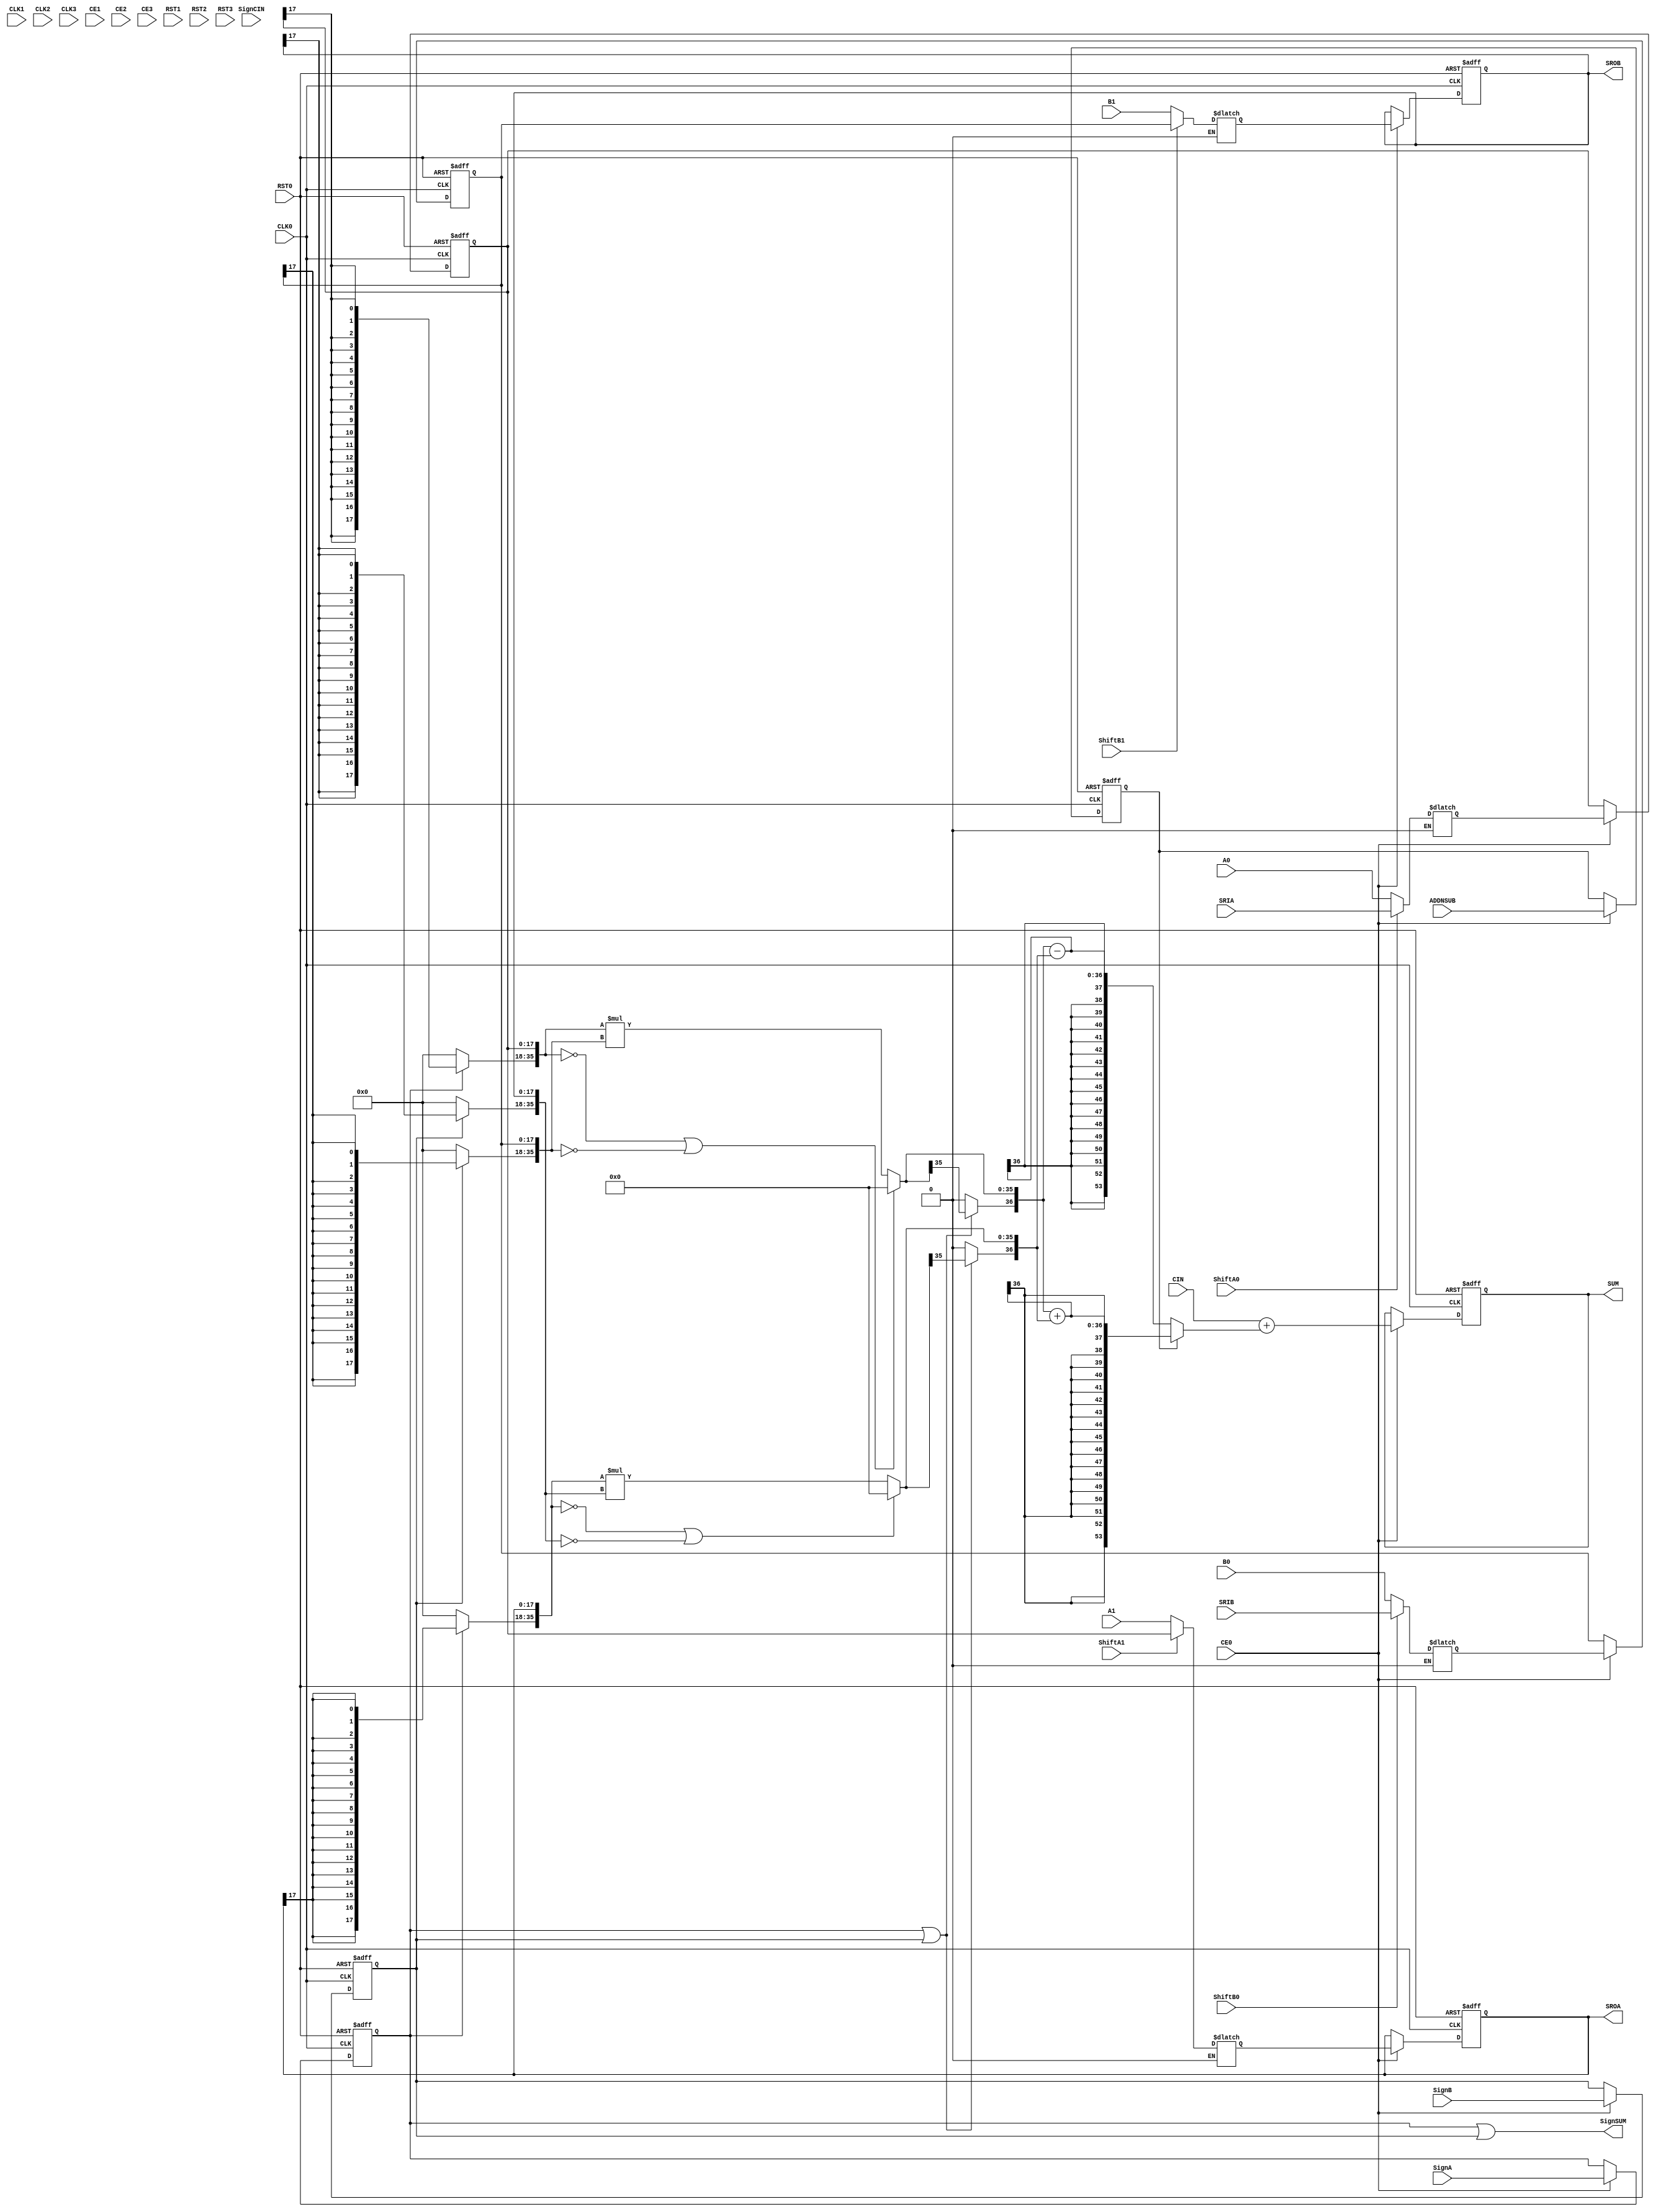
// --------------------------------------------------------------------
// >>>>>>>>>>>>>>>>>>>>>>>>> COPYRIGHT NOTICE <<<<<<<<<<<<<<<<<<<<<<<<<
// --------------------------------------------------------------------
// Copyright (c) 2005-2010 by Lattice Semiconductor Corporation
// --------------------------------------------------------------------
//
//
//                     Lattice Semiconductor Corporation
//                     5555 NE Moore Court
//                     Hillsboro, OR 97214
//                     U.S.A.
//
//                     TEL: 1-800-Lattice  (USA and Canada)
//                          1-408-826-6000 (other locations)
//
//                     web: http://www.latticesemi.com/
//
// --------------------------------------------------------------------
//
// Simulation Library File for PMI DSP-based Cascade-Multiply-AddSub
//
// Parameter Definition
//Name                               Value                             Default
/*
------------------------------------------------------------------------------
  pmi_dataa_width                   2 to 18                              18
  pmi_datab_width                   2 to 18                              18
  pmi_additional_pipeline           0 | 1                                 0
  pmi_input_reg                    "on"|"off"                           "on"
  pmi_output_reg                   "on"|"off"                           "on"
  pmi_family                       "ECP3"|"ECP4"                       "ECP3"
  pmi_gsr                          "enable"|"disable"                 "enable"
  pmi_reg_inputa0_clk              "CLK0"|"CLK1"|"CLK2"|"CLK3"          "CLK0"
  pmi_reg_inputa0_ce               "CE0"|"CE1"|"CE2"|"CE3"              "CE0"
  pmi_reg_inputa0_rst              "RST0"|"RST1"|"RST2"|"RST3"          "RST0"
  pmi_reg_inputa1_clk              "CLK0"|"CLK1"|"CLK2"|"CLK3"          "CLK0"
  pmi_reg_inputa1_ce               "CE0"|"CE1"|"CE2"|"CE3"              "CE0"
  pmi_reg_inputa1_rst              "RST0"|"RST1"|"RST2"|"RST3"          "RST0"
  pmi_reg_inputb0_clk              "CLK0"|"CLK1"|"CLK2"|"CLK3"          "CLK0"
  pmi_reg_inputb0_ce               "CE0"|"CE1"|"CE2"|"CE3"              "CE0"
  pmi_reg_inputb0_rst              "RST0"|"RST1"|"RST2"|"RST3"          "RST0"
  pmi_reg_inputb1_clk              "CLK0"|"CLK1"|"CLK2"|"CLK3"          "CLK0"
  pmi_reg_inputb1_ce               "CE0"|"CE1"|"CE2"|"CE3"              "CE0"
  pmi_reg_inputb1_rst              "RST0"|"RST1"|"RST2"|"RST3"          "RST0"
  pmi_reg_pipeline0_clk            "CLK0"|"CLK1"|"CLK2"|"CLK3"          "CLK0"
  pmi_reg_pipeline0_ce             "CE0"|"CE1"|"CE2"|"CE3"              "CE0"
  pmi_reg_pipeline0_rst            "RST0"|"RST1"|"RST2"|"RST3"          "RST0"
  pmi_reg_pipeline1_clk            "CLK0"|"CLK1"|"CLK2"|"CLK3"          "CLK0"
  pmi_reg_pipeline1_ce             "CE0"|"CE1"|"CE2"|"CE3"              "CE0"
  pmi_reg_pipeline1_rst            "RST0"|"RST1"|"RST2"|"RST3"          "RST0"
  pmi_reg_output_clk               "CLK0"|"CLK1"|"CLK2"|"CLK3"          "CLK0"
  pmi_reg_output_ce                "CE0"|"CE1"|"CE2"|"CE3"              "CE0"
  pmi_reg_output_rst               "RST0"|"RST1"|"RST2"|"RST3"          "RST0"
  pmi_reg_signeda_0_clk            "CLK0"|"CLK1"|"CLK2"|"CLK3"          "CLK0"
  pmi_reg_signeda_0_ce             "CE0"|"CE1"|"CE2"|"CE3"              "CE0"
  pmi_reg_signeda_0_rst            "RST0"|"RST1"|"RST2"|"RST3"          "RST0"
  pmi_reg_signeda_1_clk            "CLK0"|"CLK1"|"CLK2"|"CLK3"          "CLK0"
  pmi_reg_signeda_1_ce             "CE0"|"CE1"|"CE2"|"CE3"              "CE0"
  pmi_reg_signeda_1_rst            "RST0"|"RST1"|"RST2"|"RST3"          "RST0"
  pmi_reg_signedb_0_clk            "CLK0"|"CLK1"|"CLK2"|"CLK3"          "CLK0"
  pmi_reg_signedb_0_ce             "CE0"|"CE1"|"CE2"|"CE3"              "CE0"
  pmi_reg_signedb_0_rst            "RST0"|"RST1"|"RST2"|"RST3"          "RST0"
  pmi_reg_signedb_1_clk            "CLK0"|"CLK1"|"CLK2"|"CLK3"          "CLK0"
  pmi_reg_signedb_1_ce             "CE0"|"CE1"|"CE2"|"CE3"              "CE0"
  pmi_reg_signedb_1_rst            "RST0"|"RST1"|"RST2"|"RST3"          "RST0"
  pmi_reg_addnsub_0_clk            "CLK0"|"CLK1"|"CLK2"|"CLK3"          "CLK0"
  pmi_reg_addnsub_0_ce             "CE0"|"CE1"|"CE2"|"CE3"              "CE0"
  pmi_reg_addnsub_0_rst            "RST0"|"RST1"|"RST2"|"RST3"          "RST0"
  pmi_reg_addnsub_1_clk            "CLK0"|"CLK1"|"CLK2"|"CLK3"          "CLK0"
  pmi_reg_addnsub_1_ce             "CE0"|"CE1"|"CE2"|"CE3"              "CE0"
  pmi_reg_addnsub_1_rst            "RST0"|"RST1"|"RST2"|"RST3"          "RST0"
  pmi_pipelined_mode               "on"|"off"                           "off"
  pmi_cascade_match_reg            "on"|"off"                           "off"
------------------------------------------------------------------------------
*/
// fpga\verilog\pkg\versclibs\data\pmi\pmi_dsp_casmultaddsub.v 1.8 31-DEC-2010 08:43:20 IALMOHAN
//

`timescale  1 ns / 1 ps

module pmi_dsp_casmultaddsub
 #(parameter pmi_dataa_width = 18,
   parameter pmi_datab_width = 18,
   parameter pmi_additional_pipeline = 0,
   parameter pmi_input_reg = "on",
   parameter pmi_output_reg = "on",
   parameter pmi_family = "ECP3",
   parameter pmi_gsr = "enable",
   parameter pmi_reg_inputa0_clk = "CLK0",
   parameter pmi_reg_inputa0_ce = "CE0",
   parameter pmi_reg_inputa0_rst = "RST0",
   parameter pmi_reg_inputa1_clk = "CLK0",
   parameter pmi_reg_inputa1_ce = "CE0",
   parameter pmi_reg_inputa1_rst = "RST0",
   parameter pmi_reg_inputb0_clk = "CLK0",
   parameter pmi_reg_inputb0_ce = "CE0",
   parameter pmi_reg_inputb0_rst = "RST0",
   parameter pmi_reg_inputb1_clk = "CLK0",
   parameter pmi_reg_inputb1_ce = "CE0",
   parameter pmi_reg_inputb1_rst = "RST0",
   parameter pmi_reg_pipeline0_clk = "CLK0",
   parameter pmi_reg_pipeline0_ce = "CE0",
   parameter pmi_reg_pipeline0_rst = "RST0",
   parameter pmi_reg_pipeline1_clk = "CLK0",
   parameter pmi_reg_pipeline1_ce = "CE0",
   parameter pmi_reg_pipeline1_rst = "RST0",
   parameter pmi_reg_output_clk = "CLK0",
   parameter pmi_reg_output_ce = "CE0",
   parameter pmi_reg_output_rst = "RST0",
   parameter pmi_reg_signeda_0_clk = "CLK0",
   parameter pmi_reg_signeda_0_ce = "CE0",
   parameter pmi_reg_signeda_0_rst = "RST0",
   parameter pmi_reg_signeda_1_clk = "CLK0",
   parameter pmi_reg_signeda_1_ce = "CE0",
   parameter pmi_reg_signeda_1_rst = "RST0",
   parameter pmi_reg_signedb_0_clk = "CLK0",
   parameter pmi_reg_signedb_0_ce = "CE0",
   parameter pmi_reg_signedb_0_rst = "RST0",
   parameter pmi_reg_signedb_1_clk = "CLK0",
   parameter pmi_reg_signedb_1_ce = "CE0",
   parameter pmi_reg_signedb_1_rst = "RST0",
   parameter pmi_reg_addnsub_0_clk = "CLK0",
   parameter pmi_reg_addnsub_0_ce = "CE0",
   parameter pmi_reg_addnsub_0_rst = "RST0",
   parameter pmi_reg_addnsub_1_clk = "CLK0",
   parameter pmi_reg_addnsub_1_ce = "CE0",
   parameter pmi_reg_addnsub_1_rst = "RST0",
   parameter pmi_pipelined_mode = "off",
   parameter pmi_cascade_match_reg = "off",
   parameter module_type = "pmi_dsp_casmultaddsub")

  (input [(pmi_dataa_width-1):0]       A0, 
   input [(pmi_dataa_width-1):0]       A1,
   input [(pmi_datab_width-1):0]       B0, 
   input [(pmi_datab_width-1):0]       B1,
   input [17:0]       SRIA,
   input [17:0]       SRIB,
   input CLK0,
   input CLK1,
   input CLK2,
   input CLK3,
   input CE0,
   input CE1,
   input CE2,
   input CE3,
   input RST0,
   input RST1,
   input RST2,
   input RST3,
   input SignA,
   input SignB,
   input ShiftA0,
   input ShiftA1,
   input ShiftB0,
   input ShiftB1,
   input ADDNSUB,
   input SignCIN,
   input [53:0] CIN,
   output SignSUM,
   output [53:0]  SUM,
   output reg [17:0]  SROA,
   output reg [17:0]  SROB)/*synthesis syn_black_box*/;

//pragma translate_off
reg [53:0] sum_o;
reg input_a0_clk_sig, input_b0_clk_sig;
reg input_a1_clk_sig, input_b1_clk_sig;
reg pipeline0_clk_sig, pipeline1_clk_sig, output_clk_sig;
reg reg_ctrl_clk_sig_a_0, reg_ctrl_clk_sig_b_0;
reg reg_ctrl_clk_sig_a_1, reg_ctrl_clk_sig_b_1;
reg input_a0_ce_sig, input_b0_ce_sig;
reg input_a1_ce_sig, input_b1_ce_sig;
reg pipeline0_ce_sig, pipeline1_ce_sig, output_ce_sig;
reg reg_ctrl_ce_sig_a_0, reg_ctrl_ce_sig_b_0;
reg reg_ctrl_ce_sig_a_1, reg_ctrl_ce_sig_b_1;
reg input_a0_rst_sig, input_b0_rst_sig;
reg input_a1_rst_sig, input_b1_rst_sig;
reg pipeline0_rst_sig, pipeline1_rst_sig, output_rst_sig;
reg reg_ctrl_rst_sig_a_0, reg_ctrl_rst_sig_b_0;
reg reg_ctrl_rst_sig_a_1, reg_ctrl_rst_sig_b_1;
reg reg_addnsub_0_clk_sig, reg_addnsub_1_clk_sig;
reg reg_addnsub_0_ce_sig, reg_addnsub_1_ce_sig;
reg reg_addnsub_0_rst_sig, reg_addnsub_1_rst_sig;
reg signeda_reg2, signedb_reg2;
reg addnsub_reg1, addnsub_p1, addnsub_reg2, addnsub_p2;
reg [(pmi_dataa_width-1):0] a0_sig;
reg [(pmi_dataa_width-1):0] a1_sig;
reg [(pmi_dataa_width-1):0] a0_sig_reg;
reg [(pmi_dataa_width-1):0] a1_sig_reg;
reg [(pmi_dataa_width-1):0] a0_sig_p;
reg [(pmi_dataa_width-1):0] a1_sig_p;
reg [(pmi_datab_width-1):0] b0_sig;
reg [(pmi_datab_width-1):0] b1_sig;
reg [(pmi_datab_width-1):0] b0_sig_reg;
reg [(pmi_datab_width-1):0] b1_sig_reg;
reg [(pmi_datab_width-1):0] b0_sig_p;
reg [(pmi_datab_width-1):0] b1_sig_p;
reg signeda_reg1, signeda_p1, signeda_p2;
reg signedb_reg1, signedb_p1, signedb_p2;
reg [(pmi_dataa_width + pmi_datab_width - 1):0] a0_sig_m;
reg [(pmi_dataa_width + pmi_datab_width - 1):0] a1_sig_m;
reg [(pmi_dataa_width + pmi_datab_width - 1):0] b0_sig_m;
reg [(pmi_dataa_width + pmi_datab_width - 1):0] b1_sig_m;
wire [(pmi_dataa_width + pmi_datab_width - 1):0] p0_sig_i;
wire [(pmi_dataa_width + pmi_datab_width - 1):0] p1_sig_i;
reg [(pmi_dataa_width + pmi_datab_width):0] p0_sig_i_e;
reg [(pmi_dataa_width + pmi_datab_width):0] p1_sig_i_e;
reg [(pmi_dataa_width + pmi_datab_width - 1):0] p0_sig_i_e_reg;
reg [(pmi_dataa_width + pmi_datab_width - 1):0] p0_sig_i_e_reg1;
reg [(pmi_dataa_width + pmi_datab_width - 1):0] p1_sig_i_e_reg;
reg [(pmi_dataa_width + pmi_datab_width - 1):0] p1_sig_i_e_reg1;
reg [53:0] sum_sig_i_e, sum_reg1;
reg [17:0] SROA_t, SROA_reg;
wire [53:0] sum_sig;
//wire [(pmi_dataa_width + pmi_datab_width):0] sum_sig_i;
wire [53:0] sum_sig_i;
wire SignB_new;

initial
begin
   if (pmi_pipelined_mode == "on" && (pmi_output_reg == "off" || pmi_additional_pipeline == 0))
   begin
      $display ("Error! Fully-pipelined mode must have both output and pipeline registers on!");
      $stop;
   end
   if (pmi_cascade_match_reg == "on" && pmi_input_reg == "off")
   begin
      $display ("Error! If cascade match register is on, input register must also be on!");
      $stop;
   end
end

    assign SignB_new = SignB;

    always @(CLK0 or CLK1 or CLK2 or CLK3)
    begin
      if (pmi_reg_inputa0_clk == "CLK0")
          input_a0_clk_sig = CLK0;
      else if (pmi_reg_inputa0_clk == "CLK1")
          input_a0_clk_sig = CLK1;
      else if (pmi_reg_inputa0_clk == "CLK2")
          input_a0_clk_sig = CLK2;
      else if (pmi_reg_inputa0_clk == "CLK3")
          input_a0_clk_sig = CLK3;
    end

    always @(CLK0 or CLK1 or CLK2 or CLK3)
    begin
      if (pmi_reg_inputa1_clk == "CLK0")
          input_a1_clk_sig = CLK0;
      else if (pmi_reg_inputa1_clk == "CLK1")
          input_a1_clk_sig = CLK1;
      else if (pmi_reg_inputa1_clk == "CLK2")
          input_a1_clk_sig = CLK2;
      else if (pmi_reg_inputa1_clk == "CLK3")
          input_a1_clk_sig = CLK3;
    end

    always @(CLK0 or CLK1 or CLK2 or CLK3)
    begin
      if (pmi_reg_inputb0_clk == "CLK0")
          input_b0_clk_sig = CLK0;
      else if (pmi_reg_inputb0_clk == "CLK1")
          input_b0_clk_sig = CLK1;
      else if (pmi_reg_inputb0_clk == "CLK2")
          input_b0_clk_sig = CLK2;
      else if (pmi_reg_inputb0_clk == "CLK3")
          input_b0_clk_sig = CLK3;
    end

    always @(CLK0 or CLK1 or CLK2 or CLK3)
    begin
      if (pmi_reg_inputb1_clk == "CLK0")
          input_b1_clk_sig = CLK0;
      else if (pmi_reg_inputb1_clk == "CLK1")
          input_b1_clk_sig = CLK1;
      else if (pmi_reg_inputb1_clk == "CLK2")
          input_b1_clk_sig = CLK2;
      else if (pmi_reg_inputb1_clk == "CLK3")
          input_b1_clk_sig = CLK3;
    end

    always @(CLK0 or CLK1 or CLK2 or CLK3)
    begin
      if (pmi_reg_pipeline0_clk == "CLK0")
          pipeline0_clk_sig = CLK0;
      else if (pmi_reg_pipeline0_clk == "CLK1")
          pipeline0_clk_sig = CLK1;
      else if (pmi_reg_pipeline0_clk == "CLK2")
          pipeline0_clk_sig = CLK2;
      else if (pmi_reg_pipeline0_clk == "CLK3")
          pipeline0_clk_sig = CLK3;
    end

    always @(CLK0 or CLK1 or CLK2 or CLK3)
    begin
      if (pmi_reg_pipeline1_clk == "CLK0")
          pipeline1_clk_sig = CLK0;
      else if (pmi_reg_pipeline1_clk == "CLK1")
          pipeline1_clk_sig = CLK1;
      else if (pmi_reg_pipeline1_clk == "CLK2")
          pipeline1_clk_sig = CLK2;
      else if (pmi_reg_pipeline1_clk == "CLK3")
          pipeline1_clk_sig = CLK3;
    end

    always @(CLK0 or CLK1 or CLK2 or CLK3)
    begin
      if (pmi_reg_output_clk == "CLK0")
          output_clk_sig = CLK0;
      else if (pmi_reg_output_clk == "CLK1")
          output_clk_sig = CLK1;
      else if (pmi_reg_output_clk == "CLK2")
          output_clk_sig = CLK2;
      else if (pmi_reg_output_clk == "CLK3")
          output_clk_sig = CLK3;
    end

    always @(CLK0 or CLK1 or CLK2 or CLK3)
    begin
      if (pmi_reg_signeda_0_clk == "CLK0")
          reg_ctrl_clk_sig_a_0 = CLK0;
      else if (pmi_reg_signeda_0_clk == "CLK1")
          reg_ctrl_clk_sig_a_0 = CLK1;
      else if (pmi_reg_signeda_0_clk == "CLK2")
          reg_ctrl_clk_sig_a_0 = CLK2;
      else if (pmi_reg_signeda_0_clk == "CLK3")
          reg_ctrl_clk_sig_a_0 = CLK3;
    end

    always @(CLK0 or CLK1 or CLK2 or CLK3)
    begin
      if (pmi_reg_signeda_1_clk == "CLK0")
          reg_ctrl_clk_sig_a_1 = CLK0;
      else if (pmi_reg_signeda_1_clk == "CLK1")
          reg_ctrl_clk_sig_a_1 = CLK1;
      else if (pmi_reg_signeda_1_clk == "CLK2")
          reg_ctrl_clk_sig_a_1 = CLK2;
      else if (pmi_reg_signeda_1_clk == "CLK3")
          reg_ctrl_clk_sig_a_1 = CLK3;
    end

    always @(CLK0 or CLK1 or CLK2 or CLK3)
    begin
      if (pmi_reg_signedb_0_clk == "CLK0")
          reg_ctrl_clk_sig_b_0 = CLK0;
      else if (pmi_reg_signedb_0_clk == "CLK1")
          reg_ctrl_clk_sig_b_0 = CLK1;
      else if (pmi_reg_signedb_0_clk == "CLK2")
          reg_ctrl_clk_sig_b_0 = CLK2;
      else if (pmi_reg_signedb_0_clk == "CLK3")
          reg_ctrl_clk_sig_b_0 = CLK3;
    end

    always @(CLK0 or CLK1 or CLK2 or CLK3)
    begin
      if (pmi_reg_signedb_1_clk == "CLK0")
          reg_ctrl_clk_sig_b_1 = CLK0;
      else if (pmi_reg_signedb_1_clk == "CLK1")
          reg_ctrl_clk_sig_b_1 = CLK1;
      else if (pmi_reg_signedb_1_clk == "CLK2")
          reg_ctrl_clk_sig_b_1 = CLK2;
      else if (pmi_reg_signedb_1_clk == "CLK3")
          reg_ctrl_clk_sig_b_1 = CLK3;
    end

    always @(CE0 or CE1 or CE2 or CE3)
    begin
      if (pmi_reg_inputa0_ce == "CE0")
          input_a0_ce_sig = CE0;
      else if (pmi_reg_inputa0_ce == "CE1")
          input_a0_ce_sig = CE1;
      else if (pmi_reg_inputa0_ce == "CE2")
          input_a0_ce_sig = CE2;
      else if (pmi_reg_inputa0_ce == "CE3")
          input_a0_ce_sig = CE3;
    end

    always @(CE0 or CE1 or CE2 or CE3)
    begin
      if (pmi_reg_inputa1_ce == "CE0")
          input_a1_ce_sig = CE0;
      else if (pmi_reg_inputa1_ce == "CE1")
          input_a1_ce_sig = CE1;
      else if (pmi_reg_inputa1_ce == "CE2")
          input_a1_ce_sig = CE2;
      else if (pmi_reg_inputa1_ce == "CE3")
          input_a1_ce_sig = CE3;
    end

    always @(CE0 or CE1 or CE2 or CE3)
    begin
      if (pmi_reg_inputb0_ce == "CE0")
          input_b0_ce_sig = CE0;
      else if (pmi_reg_inputb0_ce == "CE1")
          input_b0_ce_sig = CE1;
      else if (pmi_reg_inputb0_ce == "CE2")
          input_b0_ce_sig = CE2;
      else if (pmi_reg_inputb0_ce == "CE3")
          input_b0_ce_sig = CE3;
    end

    always @(CE0 or CE1 or CE2 or CE3)
    begin
      if (pmi_reg_inputb1_ce == "CE0")
          input_b1_ce_sig = CE0;
      else if (pmi_reg_inputb1_ce == "CE1")
          input_b1_ce_sig = CE1;
      else if (pmi_reg_inputb1_ce == "CE2")
          input_b1_ce_sig = CE2;
      else if (pmi_reg_inputb1_ce == "CE3")
          input_b1_ce_sig = CE3;
    end

    always @(CE0 or CE1 or CE2 or CE3)
    begin
      if (pmi_reg_pipeline0_ce == "CE0")
          pipeline0_ce_sig = CE0;
      else if (pmi_reg_pipeline0_ce == "CE1")
          pipeline0_ce_sig = CE1;
      else if (pmi_reg_pipeline0_ce == "CE2")
          pipeline0_ce_sig = CE2;
      else if (pmi_reg_pipeline0_ce == "CE3")
          pipeline0_ce_sig = CE3;
    end

    always @(CE0 or CE1 or CE2 or CE3)
    begin
      if (pmi_reg_pipeline1_ce == "CE0")
          pipeline1_ce_sig = CE0;
      else if (pmi_reg_pipeline1_ce == "CE1")
          pipeline1_ce_sig = CE1;
      else if (pmi_reg_pipeline1_ce == "CE2")
          pipeline1_ce_sig = CE2;
      else if (pmi_reg_pipeline1_ce == "CE3")
          pipeline1_ce_sig = CE3;
    end

    always @(CE0 or CE1 or CE2 or CE3)
    begin
      if (pmi_reg_output_ce == "CE0")
          output_ce_sig = CE0;
      else if (pmi_reg_output_ce == "CE1")
          output_ce_sig = CE1;
      else if (pmi_reg_output_ce == "CE2")
          output_ce_sig = CE2;
      else if (pmi_reg_output_ce == "CE3")
          output_ce_sig = CE3;
    end

    always @(CE0 or CE1 or CE2 or CE3)
    begin
      if (pmi_reg_signeda_0_ce == "CE0")
          reg_ctrl_ce_sig_a_0 = CE0;
      else if (pmi_reg_signeda_0_ce == "CE1")
          reg_ctrl_ce_sig_a_0 = CE1;
      else if (pmi_reg_signeda_0_ce == "CE2")
          reg_ctrl_ce_sig_a_0 = CE2;
      else if (pmi_reg_signeda_0_ce == "CE3")
          reg_ctrl_ce_sig_a_0 = CE3;
    end

    always @(CE0 or CE1 or CE2 or CE3)
    begin
      if (pmi_reg_signeda_1_ce == "CE0")
          reg_ctrl_ce_sig_a_1 = CE0;
      else if (pmi_reg_signeda_1_ce == "CE1")
          reg_ctrl_ce_sig_a_1 = CE1;
      else if (pmi_reg_signeda_1_ce == "CE2")
          reg_ctrl_ce_sig_a_1 = CE2;
      else if (pmi_reg_signeda_1_ce == "CE3")
          reg_ctrl_ce_sig_a_1 = CE3;
    end

    always @(CE0 or CE1 or CE2 or CE3)
    begin
      if (pmi_reg_signedb_0_ce == "CE0")
          reg_ctrl_ce_sig_b_0 = CE0;
      else if (pmi_reg_signedb_0_ce == "CE1")
          reg_ctrl_ce_sig_b_0 = CE1;
      else if (pmi_reg_signedb_0_ce == "CE2")
          reg_ctrl_ce_sig_b_0 = CE2;
      else if (pmi_reg_signedb_0_ce == "CE3")
          reg_ctrl_ce_sig_b_0 = CE3;
    end

    always @(CE0 or CE1 or CE2 or CE3)
    begin
      if (pmi_reg_signedb_1_ce == "CE0")
          reg_ctrl_ce_sig_b_1 = CE0;
      else if (pmi_reg_signedb_1_ce == "CE1")
          reg_ctrl_ce_sig_b_1 = CE1;
      else if (pmi_reg_signedb_1_ce == "CE2")
          reg_ctrl_ce_sig_b_1 = CE2;
      else if (pmi_reg_signedb_1_ce == "CE3")
          reg_ctrl_ce_sig_b_1 = CE3;
    end

    always @(RST0 or RST1 or RST2 or RST3)
    begin
      if (pmi_reg_inputa0_rst == "RST0")
          input_a0_rst_sig = RST0;
      else if (pmi_reg_inputa0_rst == "RST1")
          input_a0_rst_sig = RST1;
      else if (pmi_reg_inputa0_rst == "RST2")
          input_a0_rst_sig = RST2;
      else if (pmi_reg_inputa0_rst == "RST3")
          input_a0_rst_sig = RST3;
    end

    always @(RST0 or RST1 or RST2 or RST3)
    begin
      if (pmi_reg_inputa1_rst == "RST0")
          input_a1_rst_sig = RST0;
      else if (pmi_reg_inputa1_rst == "RST1")
          input_a1_rst_sig = RST1;
      else if (pmi_reg_inputa1_rst == "RST2")
          input_a1_rst_sig = RST2;
      else if (pmi_reg_inputa1_rst == "RST3")
          input_a1_rst_sig = RST3;
    end

    always @(RST0 or RST1 or RST2 or RST3)
    begin
      if (pmi_reg_inputb0_rst == "RST0")
          input_b0_rst_sig = RST0;
      else if (pmi_reg_inputb0_rst == "RST1")
          input_b0_rst_sig = RST1;
      else if (pmi_reg_inputb0_rst == "RST2")
          input_b0_rst_sig = RST2;
      else if (pmi_reg_inputb0_rst == "RST3")
          input_b0_rst_sig = RST3;
    end

    always @(RST0 or RST1 or RST2 or RST3)
    begin
      if (pmi_reg_inputb1_rst == "RST0")
          input_b1_rst_sig = RST0;
      else if (pmi_reg_inputb1_rst == "RST1")
          input_b1_rst_sig = RST1;
      else if (pmi_reg_inputb1_rst == "RST2")
          input_b1_rst_sig = RST2;
      else if (pmi_reg_inputb1_rst == "RST3")
          input_b1_rst_sig = RST3;
    end

    always @(RST0 or RST1 or RST2 or RST3)
    begin
      if (pmi_reg_pipeline0_rst == "RST0")
          pipeline0_rst_sig = RST0;
      else if (pmi_reg_pipeline0_rst == "RST1")
          pipeline0_rst_sig = RST1;
      else if (pmi_reg_pipeline0_rst == "RST2")
          pipeline0_rst_sig = RST2;
      else if (pmi_reg_pipeline0_rst == "RST3")
          pipeline0_rst_sig = RST3;
    end

    always @(RST0 or RST1 or RST2 or RST3)
    begin
      if (pmi_reg_pipeline1_rst == "RST0")
          pipeline1_rst_sig = RST0;
      else if (pmi_reg_pipeline1_rst == "RST1")
          pipeline1_rst_sig = RST1;
      else if (pmi_reg_pipeline1_rst == "RST2")
          pipeline1_rst_sig = RST2;
      else if (pmi_reg_pipeline1_rst == "RST3")
          pipeline1_rst_sig = RST3;
    end

    always @(RST0 or RST1 or RST2 or RST3)
    begin
      if (pmi_reg_output_rst == "RST0")
          output_rst_sig = RST0;
      else if (pmi_reg_output_rst == "RST1")
          output_rst_sig = RST1;
      else if (pmi_reg_output_rst == "RST2")
          output_rst_sig = RST2;
      else if (pmi_reg_output_rst == "RST3")
          output_rst_sig = RST3;
    end

    always @(RST0 or RST1 or RST2 or RST3)
    begin
      if (pmi_reg_signeda_0_rst == "RST0")
          reg_ctrl_rst_sig_a_0 = RST0;
      else if (pmi_reg_signeda_0_rst == "RST1")
          reg_ctrl_rst_sig_a_0 = RST1;
      else if (pmi_reg_signeda_0_rst == "RST2")
          reg_ctrl_rst_sig_a_0 = RST2;
      else if (pmi_reg_signeda_0_rst == "RST3")
          reg_ctrl_rst_sig_a_0 = RST3;
    end

    always @(RST0 or RST1 or RST2 or RST3)
    begin
      if (pmi_reg_signeda_1_rst == "RST0")
          reg_ctrl_rst_sig_a_1 = RST0;
      else if (pmi_reg_signeda_1_rst == "RST1")
          reg_ctrl_rst_sig_a_1 = RST1;
      else if (pmi_reg_signeda_1_rst == "RST2")
          reg_ctrl_rst_sig_a_1 = RST2;
      else if (pmi_reg_signeda_1_rst == "RST3")
          reg_ctrl_rst_sig_a_1 = RST3;
    end

    always @(RST0 or RST1 or RST2 or RST3)
    begin
      if (pmi_reg_signedb_0_rst == "RST0")
          reg_ctrl_rst_sig_b_0 = RST0;
      else if (pmi_reg_signedb_0_rst == "RST1")
          reg_ctrl_rst_sig_b_0 = RST1;
      else if (pmi_reg_signedb_0_rst == "RST2")
          reg_ctrl_rst_sig_b_0 = RST2;
      else if (pmi_reg_signedb_0_rst == "RST3")
          reg_ctrl_rst_sig_b_0 = RST3;
    end

    always @(RST0 or RST1 or RST2 or RST3)
    begin
      if (pmi_reg_signedb_1_rst == "RST0")
          reg_ctrl_rst_sig_b_1 = RST0;
      else if (pmi_reg_signedb_1_rst == "RST1")
          reg_ctrl_rst_sig_b_1 = RST1;
      else if (pmi_reg_signedb_1_rst == "RST2")
          reg_ctrl_rst_sig_b_1 = RST2;
      else if (pmi_reg_signedb_1_rst == "RST3")
          reg_ctrl_rst_sig_b_1 = RST3;
    end

    always @(CLK0 or CLK1 or CLK2 or CLK3)
    begin
      if (pmi_reg_addnsub_0_clk == "CLK0")
          reg_addnsub_0_clk_sig = CLK0;
      else if (pmi_reg_addnsub_0_clk == "CLK1")
          reg_addnsub_0_clk_sig = CLK1;
      else if (pmi_reg_addnsub_0_clk == "CLK2")
          reg_addnsub_0_clk_sig = CLK2;
      else if (pmi_reg_addnsub_0_clk == "CLK3")
          reg_addnsub_0_clk_sig = CLK3;
    end

    always @(CLK0 or CLK1 or CLK2 or CLK3)
    begin
      if (pmi_reg_addnsub_1_clk == "CLK0")
          reg_addnsub_1_clk_sig = CLK0;
      else if (pmi_reg_addnsub_1_clk == "CLK1")
          reg_addnsub_1_clk_sig = CLK1;
      else if (pmi_reg_addnsub_1_clk == "CLK2")
          reg_addnsub_1_clk_sig = CLK2;
      else if (pmi_reg_addnsub_1_clk == "CLK3")
          reg_addnsub_1_clk_sig = CLK3;
    end

    always @(CE0 or CE1 or CE2 or CE3)
    begin
      if (pmi_reg_addnsub_0_ce == "CE0")
          reg_addnsub_0_ce_sig = CE0;
      else if (pmi_reg_addnsub_0_ce == "CE1")
          reg_addnsub_0_ce_sig = CE1;
      else if (pmi_reg_addnsub_0_ce == "CE2")
          reg_addnsub_0_ce_sig = CE2;
      else if (pmi_reg_addnsub_0_ce == "CE3")
          reg_addnsub_0_ce_sig = CE3;
    end

    always @(CE0 or CE1 or CE2 or CE3)
    begin
      if (pmi_reg_addnsub_1_ce == "CE0")
          reg_addnsub_1_ce_sig = CE0;
      else if (pmi_reg_addnsub_1_ce == "CE1")
          reg_addnsub_1_ce_sig = CE1;
      else if (pmi_reg_addnsub_1_ce == "CE2")
          reg_addnsub_1_ce_sig = CE2;
      else if (pmi_reg_addnsub_1_ce == "CE3")
          reg_addnsub_1_ce_sig = CE3;
    end

    always @(RST0 or RST1 or RST2 or RST3)
    begin
      if (pmi_reg_addnsub_0_rst == "RST0")
          reg_addnsub_0_rst_sig = RST0;
      else if (pmi_reg_addnsub_0_rst == "RST1")
          reg_addnsub_0_rst_sig = RST1;
      else if (pmi_reg_addnsub_0_rst == "RST2")
          reg_addnsub_0_rst_sig = RST2;
      else if (pmi_reg_addnsub_0_rst == "RST3")
          reg_addnsub_0_rst_sig = RST3;
    end

    always @(RST0 or RST1 or RST2 or RST3)
    begin
      if (pmi_reg_addnsub_1_rst == "RST0")
          reg_addnsub_1_rst_sig = RST0;
      else if (pmi_reg_addnsub_1_rst == "RST1")
          reg_addnsub_1_rst_sig = RST1;
      else if (pmi_reg_addnsub_1_rst == "RST2")
          reg_addnsub_1_rst_sig = RST2;
      else if (pmi_reg_addnsub_1_rst == "RST3")
          reg_addnsub_1_rst_sig = RST3;
    end

    always @(A0 or SRIA or ShiftA0)
    begin
         if (ShiftA0 == 1'b1)
//             a0_sig = SRIA;
             a0_sig = SRIA[17:17-(pmi_dataa_width-1)];
         else if (ShiftA0 == 1'b0)
             a0_sig = A0;
    end

    always @(B0 or SRIB or ShiftB0)
    begin
         if (ShiftB0 == 1'b1)
//             b0_sig = SRIB;
             b0_sig = SRIB[17:17-(pmi_datab_width-1)];
         else if (ShiftB0 == 1'b0)
             b0_sig = B0;
    end

    always @(posedge input_a0_clk_sig or posedge input_a0_rst_sig)
    begin
      if (input_a0_rst_sig == 1'b1)
        begin
          a0_sig_reg = 0;
        end
      else if (input_a0_ce_sig == 1'b1)
        begin
          a0_sig_reg = a0_sig;
        end
    end

    always @(a0_sig or a0_sig_reg)
    begin
      if (pmi_input_reg == "off")
          a0_sig_p = a0_sig;
      else
          a0_sig_p = a0_sig_reg;
    end

    always @(posedge input_b0_clk_sig or posedge input_b0_rst_sig)
    begin
      if (input_b0_rst_sig == 1'b1)
        begin
          b0_sig_reg = 0;
        end
      else if (input_b0_ce_sig == 1'b1)
        begin
          b0_sig_reg = b0_sig;
        end
    end

    always @(b0_sig or b0_sig_reg)
    begin
      if (pmi_input_reg == "off")
          b0_sig_p = b0_sig;
      else
          b0_sig_p = b0_sig_reg;
    end

    always @(a0_sig_p or A1 or ShiftA1)
    begin
         if (ShiftA1 == 1'b1)
             a1_sig = a0_sig_p;
         else if (ShiftA1 == 1'b0)
             a1_sig = A1;
    end

    always @(b0_sig_p or B1 or ShiftB1)
    begin
         if (ShiftB1 == 1'b1)
             b1_sig = b0_sig_p;
         else if (ShiftB1 == 1'b0)
             b1_sig = B1;
    end

    always @(posedge input_a1_clk_sig or posedge input_a1_rst_sig)
    begin
      if (input_a1_rst_sig == 1'b1)
        begin
          a1_sig_reg = 0;
        end
      else if (input_a1_ce_sig == 1'b1)
        begin
          a1_sig_reg = a1_sig;
        end
    end

    always @(a1_sig or a1_sig_reg)
    begin
      if (pmi_input_reg == "off")
          a1_sig_p = a1_sig;
      else
          a1_sig_p = a1_sig_reg;
    end

    always @(posedge input_b1_clk_sig or posedge input_b1_rst_sig)
    begin
      if (input_b1_rst_sig == 1'b1)
        begin
          b1_sig_reg = 0;
        end
      else if (input_b1_ce_sig == 1'b1)
        begin
          b1_sig_reg = b1_sig;
        end
    end

    always @(b1_sig or b1_sig_reg)
    begin
      if (pmi_input_reg == "off")
          b1_sig_p = b1_sig;
      else
          b1_sig_p = b1_sig_reg;
    end

    always @(posedge reg_ctrl_clk_sig_a_0 or posedge reg_ctrl_rst_sig_a_0)
    begin
      if (reg_ctrl_rst_sig_a_0 == 1'b1)
        begin
          signeda_reg1 <= 0;
        end
      else if (reg_ctrl_ce_sig_a_0 == 1'b1)
        begin
          signeda_reg1 <= SignA;
        end
    end

    always @(SignA or signeda_reg1)
    begin
      if (pmi_input_reg == "off")
          signeda_p1 = SignA;
      else
          signeda_p1 = signeda_reg1;
    end

    always @(posedge reg_ctrl_clk_sig_b_0 or posedge reg_ctrl_rst_sig_b_0)
    begin
      if (reg_ctrl_rst_sig_b_0 == 1'b1)
        begin
          signedb_reg1 <= 0;
        end
      else if (reg_ctrl_ce_sig_b_0 == 1'b1)
        begin
          signedb_reg1 <= SignB_new;
        end
    end

    always @(SignB_new or signedb_reg1)
    begin
      if (pmi_input_reg == "off")
          signedb_p1 = SignB_new;
      else
          signedb_p1 = signedb_reg1;
    end

    always @(posedge reg_ctrl_clk_sig_a_1 or posedge reg_ctrl_rst_sig_a_1)
    begin
      if (reg_ctrl_rst_sig_a_1 == 1'b1)
        begin
          signeda_reg2 <= 0;
        end
      else if (reg_ctrl_ce_sig_a_1 == 1'b1)
        begin
          signeda_reg2 <= signeda_p1;
        end
    end

    always @(signeda_p1 or signeda_reg2)
    begin
      if (pmi_additional_pipeline == 0)
          signeda_p2 = signeda_p1;
      else
          signeda_p2 = signeda_reg2;
    end

    always @(posedge reg_ctrl_clk_sig_b_1 or posedge reg_ctrl_rst_sig_b_1)
    begin
      if (reg_ctrl_rst_sig_b_1 == 1'b1)
        begin
          signedb_reg2 <= 0;
        end
      else if (reg_ctrl_ce_sig_b_1 == 1'b1)
        begin
          signedb_reg2 <= signedb_p1;
        end
    end

    always @(signedb_p1 or signedb_reg2)
    begin
      if (pmi_additional_pipeline == 0)
          signedb_p2 = signedb_p1;
      else
          signedb_p2 = signedb_reg2;
    end

    always @(posedge reg_addnsub_0_clk_sig or posedge reg_addnsub_0_rst_sig)
    begin
      if (reg_addnsub_0_rst_sig == 1'b1)
        addnsub_reg1 <= 0;
      else if (reg_addnsub_0_ce_sig == 1'b1)
        addnsub_reg1 <= ADDNSUB;
    end

    always @(ADDNSUB or addnsub_reg1)
    begin
      if (pmi_input_reg == "off")
        addnsub_p1 <= ADDNSUB;
      else
        addnsub_p1 <= addnsub_reg1;
    end

    always @(posedge reg_addnsub_1_clk_sig or posedge reg_addnsub_1_rst_sig)
    begin
      if (reg_addnsub_1_rst_sig == 1'b1)
        addnsub_reg2 <= 0;
      else if (reg_addnsub_1_ce_sig == 1'b1)
        addnsub_reg2 <= addnsub_p1;
    end

    always @(addnsub_p1 or addnsub_reg2)
    begin
      if (pmi_additional_pipeline == 0)
        addnsub_p2 <= addnsub_p1;
      else
        addnsub_p2 <= addnsub_reg2;
    end

    always @(a0_sig_p or signeda_p1)
    begin
      if (signeda_p1 == 1'b1)
        begin
          a0_sig_m = {{(pmi_datab_width){a0_sig_p[(pmi_dataa_width - 1)]}} , a0_sig_p};
        end
      else
        begin
          a0_sig_m[(pmi_dataa_width - 1):0] =  a0_sig_p[(pmi_dataa_width - 1):0];
          a0_sig_m[(pmi_dataa_width + pmi_datab_width - 1):pmi_dataa_width] = 0;
        end
    end

    always @(b0_sig_p or signedb_p1)
    begin
      if (signedb_p1 == 1'b1)
        begin
          b0_sig_m = {{(pmi_dataa_width){b0_sig_p[(pmi_datab_width - 1)]}} , b0_sig_p};
        end
      else
        begin
          b0_sig_m[(pmi_datab_width - 1):0] =  b0_sig_p[(pmi_datab_width - 1):0];
          b0_sig_m[(pmi_dataa_width + pmi_datab_width - 1):pmi_datab_width] = 0;
        end
    end

    always @(a1_sig_p or signeda_p1)
    begin
      if (signeda_p1 == 1'b1)
        begin
          a1_sig_m = {{(pmi_datab_width){a1_sig_p[(pmi_dataa_width - 1)]}} , a1_sig_p};
        end
      else
        begin
          a1_sig_m[(pmi_dataa_width - 1):0] =  a1_sig_p[(pmi_dataa_width - 1):0];
          a1_sig_m[(pmi_dataa_width + pmi_datab_width - 1):pmi_dataa_width] = 0;
        end
    end

    always @(b1_sig_p or signedb_p1)
    begin
      if (signedb_p1 == 1'b1)
        begin
          b1_sig_m = {{(pmi_dataa_width){b1_sig_p[(pmi_datab_width - 1)]}} , b1_sig_p};
        end
      else
        begin
          b1_sig_m[(pmi_datab_width - 1):0] =  b1_sig_p[(pmi_datab_width - 1):0];
          b1_sig_m[(pmi_dataa_width + pmi_datab_width - 1):pmi_datab_width] = 0;
        end
    end

    assign p0_sig_i = (!a0_sig_m || !b0_sig_m)? 0 : a0_sig_m * b0_sig_m ;
    assign p1_sig_i = (!a1_sig_m || !b1_sig_m)? 0 : a1_sig_m * b1_sig_m ;

    always @(p0_sig_i_e_reg1 or signeda_p2 or signedb_p2)
    begin
      if ((signeda_p2 || signedb_p2) == 1'b1)
        begin
           p0_sig_i_e[(pmi_dataa_width + pmi_datab_width - 1):0] = p0_sig_i_e_reg1;
           p0_sig_i_e[(pmi_dataa_width + pmi_datab_width)] = p0_sig_i_e_reg1[(pmi_dataa_width + pmi_datab_width - 1)];
        end
      else
        begin
           p0_sig_i_e[(pmi_dataa_width + pmi_datab_width - 1):0] = p0_sig_i_e_reg1;
           p0_sig_i_e[(pmi_dataa_width + pmi_datab_width)] = 0;
        end
    end

    always @(p1_sig_i_e_reg1 or signeda_p2 or signedb_p2)
    begin
      if ((signeda_p2 || signedb_p2) == 1'b1)
        begin
           p1_sig_i_e[(pmi_dataa_width + pmi_datab_width - 1):0] = p1_sig_i_e_reg1;
           p1_sig_i_e[(pmi_dataa_width + pmi_datab_width)] = p1_sig_i_e_reg1[(pmi_dataa_width + pmi_datab_width - 1)];
        end
      else
        begin
           p1_sig_i_e[(pmi_dataa_width + pmi_datab_width - 1):0] = p1_sig_i_e_reg1;
           p1_sig_i_e[(pmi_dataa_width + pmi_datab_width)] = 0;
        end
    end

    always @(posedge pipeline0_clk_sig or posedge pipeline0_rst_sig)
    begin
      if (pipeline0_rst_sig == 1'b1)
          p0_sig_i_e_reg <= 0;
      else if (pipeline0_ce_sig == 1'b1)
          p0_sig_i_e_reg <= p0_sig_i;
    end

    always @(p0_sig_i or p0_sig_i_e_reg)
    begin
      if (pmi_additional_pipeline == 0)
          p0_sig_i_e_reg1 = p0_sig_i;
      else
          p0_sig_i_e_reg1 = p0_sig_i_e_reg;
    end

    always @(posedge pipeline1_clk_sig or posedge pipeline1_rst_sig)
    begin
      if (pipeline1_rst_sig == 1'b1)
          p1_sig_i_e_reg <= 0;
      else if (pipeline1_ce_sig == 1'b1)
          p1_sig_i_e_reg <= p1_sig_i;
    end

    always @(p1_sig_i or p1_sig_i_e_reg)
    begin
      if (pmi_additional_pipeline == 0)
          p1_sig_i_e_reg1 = p1_sig_i;
      else
          p1_sig_i_e_reg1 = p1_sig_i_e_reg;
    end

    assign sum_sig_i = addnsub_p2 ? $signed(p0_sig_i_e + p1_sig_i_e) : $signed(p0_sig_i_e - p1_sig_i_e);

    always @(sum_sig_i or signeda_p2 or signedb_p2)
    begin
      sum_sig_i_e[(36-(pmi_dataa_width + pmi_datab_width)):0] = 0;
      sum_sig_i_e[53:(36-(pmi_dataa_width + pmi_datab_width))] = sum_sig_i;
//      sum_sig_i_e[36:(36-(pmi_dataa_width + pmi_datab_width))] = sum_sig_i;
//      if ((signeda_p2 || signedb_p2) == 1'b1)
//           sum_sig_i_e[53:37] = {17{sum_sig_i[(pmi_dataa_width + pmi_datab_width)]}};
//      else
//           sum_sig_i_e[53:37] = 0;
    end

    assign sum_sig = CIN + sum_sig_i_e;

    always @(posedge output_clk_sig or posedge output_rst_sig)
    begin
      if (output_rst_sig == 1'b1)
          sum_reg1 <= 0;
      else if (output_ce_sig == 1'b1)
          sum_reg1 <= sum_sig;
    end

    always @(sum_reg1 or sum_sig)
    begin
      if (pmi_output_reg == "off")
          sum_o = sum_sig;
      else
          sum_o = sum_reg1;
    end

    assign SUM = sum_o;

    always @(a1_sig_p)
    begin
      SROA_t[(18 - pmi_dataa_width):0] = 0;
      SROA_t[17:(18 - pmi_dataa_width)] = a1_sig_p;
    end

    always @(b1_sig_p)
    begin
      SROB[(18 - pmi_datab_width):0] = 0;
      SROB[17:(18 - pmi_datab_width)] = b1_sig_p;
    end

    always @(posedge input_a1_clk_sig or posedge input_a1_rst_sig)
    begin
      if (input_a1_rst_sig == 1'b1)
        begin
          SROA_reg <= 0;
        end
      else if (input_a1_ce_sig == 1'b1)
        begin
          SROA_reg <= SROA_t;
        end
    end

    always @(SROA_t or SROA_reg)
    begin
      if (pmi_cascade_match_reg == "off")
         SROA  = SROA_t;
      else
         SROA  = SROA_reg;
    end

    assign SignSUM = signeda_p2 | signedb_p2;
//pragma translate_on

endmodule